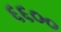
૬૬૦૦